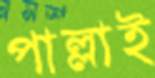
পাল্লাই